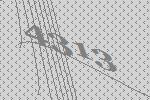
4313